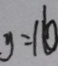
y = 1 6